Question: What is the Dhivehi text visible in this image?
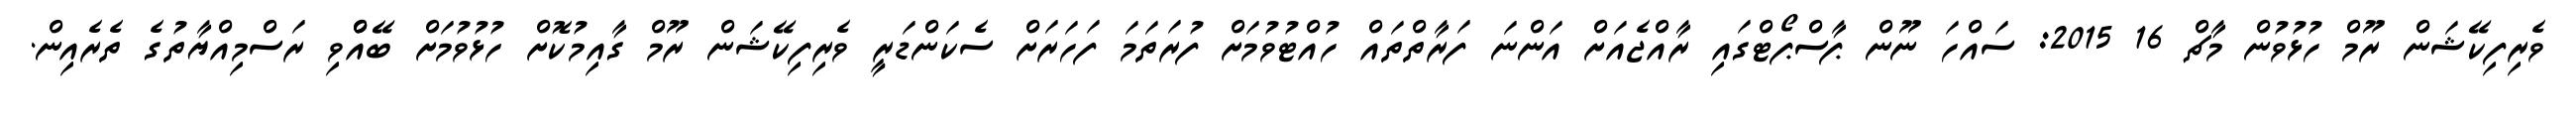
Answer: ވެރިފިކޭޝަން ރޫމް ހުޅުވުން މާޗް 16 2015: ސައްހަ ނޫން ޕާސްޕޯޓްގައި ރާއްޖެއަށް އަންނަ ފަރާތްތައް ހުއްޓުވުމަށް ފުރަތަމަ ފަހަރަށް ސެކަންޑަރީ ވެރިފިކޭޝަން ރޫމް ގާއިމުކޮށް ހުޅުވުމަށް ބޭއްްވި ރަސްމިއްޔާތުގެ ތެރެއިން.